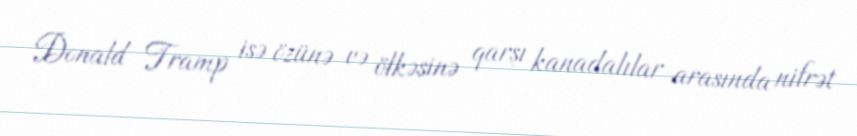
Donald Tramp isə özünə və ölkəsinə qarşı kanadalılar arasında nifrət